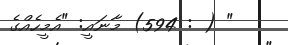
" ( : 594) މާނައީ: "އެމީހެއްގެ